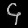
Digit: ၄